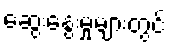
ဆွေးနွေးမှုများတွင်